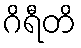
ဂိရီတိ